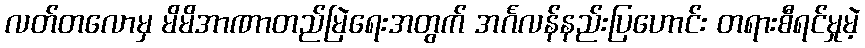
လတ်တလောမှ မိမိအာဏာတည်မြဲရေးအတွက် အင်္ဂလန်နည်းပြဟောင်း တရားစီရင်မှုမဲ့